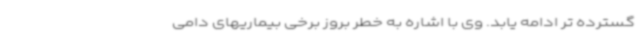
گسترده تر ادامه یابد. وی با اشاره به خطر بروز برخی بیماریهای دامی